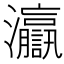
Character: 𤅗